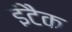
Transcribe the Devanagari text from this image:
इंटैक